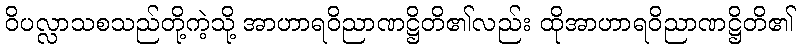
ဝိပလ္လာသစသည်တို့ကဲ့သို့ အာဟာရဝိညာဏဋ္ဌိတိ၏လည်း ထိုအာဟာရဝိညာဏဋ္ဌိတိ၏